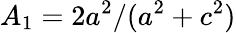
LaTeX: A_{1}=2a^{2}/(a^{2}+c^{2})